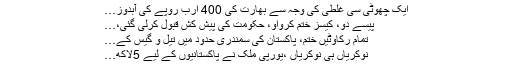
اُستاد،طلباء…
ایک چھوٹی سی غلطی کی وجہ سے بھارت کی 400 ارب روپے کی آبدوز…
پیسے دو، کیسز ختم کرواو، حکومت کی پیش کش قبول کرلی گئی،…
تمام رکاوٹیں ختم، پاکستان کی سمندری حدود میں تیل و گیس کے…
نوکریاں ہی نوکریاں ،یورپی ملک نے پاکستانیوں کے لیے 5لاکھ…
حکومت کی جانب سے عوام کیلئے ریلیف۔